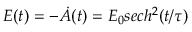
E ( t ) = - \dot { A } ( t ) = E _ { 0 } s e c h ^ { 2 } ( t / \tau )